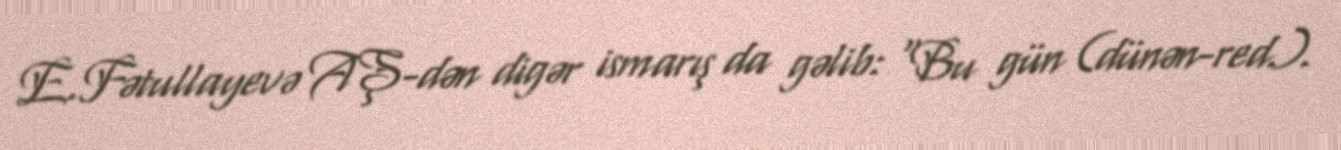
E.Fətullayevə AŞ-dən digər ismarış da gəlib: “Bu gün (dünən-red.).